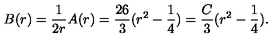
B ( r ) = \frac { 1 } { 2 r } A ( r ) = \frac { 2 6 } { 3 } ( r ^ { 2 } - \frac { 1 } { 4 } ) = \frac { C } { 3 } ( r ^ { 2 } - \frac { 1 } { 4 } ) .